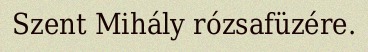
Szent Mihály rózsafüzére.